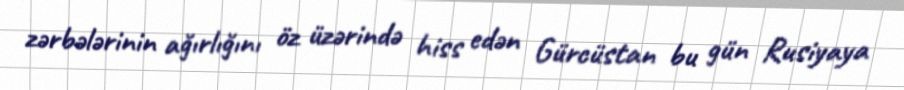
zərbələrinin ağırlığını öz üzərində hiss edən Gürcüstan bu gün Rusiyaya